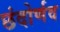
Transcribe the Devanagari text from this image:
छंदोर्णव